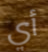
أي